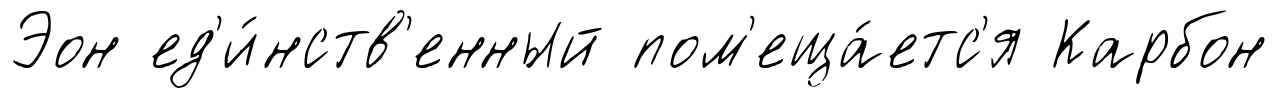
Эон ед'и́нств'енный пом'еща́етс'я Карбон